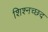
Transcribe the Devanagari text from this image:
शिश्नच्छद